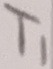
Text: T1